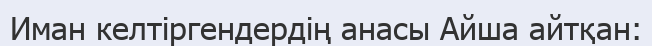
Иман келтіргендердің анасы Айша айтқан: